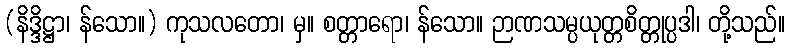
(နိဒ္ဒိဋ္ဌာ၊ န်သော။) ကုသလတော၊ မှ။ စတ္တာရော၊ န်သော။ ဉာဏသမ္ပယုတ္တစိတ္တုပ္ပဒါ၊ တို့သည်။